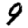
Digit: 9